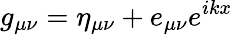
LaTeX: g_{\mu\nu}=\eta_{\mu\nu}+e_{\mu\nu}e^{ikx}